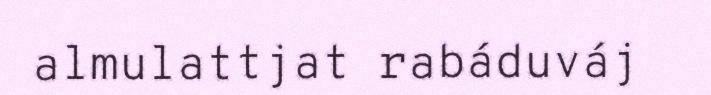
almulattjat rabáduváj